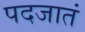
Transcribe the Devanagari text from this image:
पदजातं